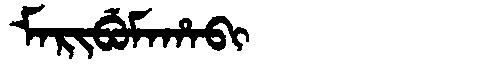
Manchu: ᠮᠠᡵᡳᠪᡠᠮᠠᡥᠠᠪᡳ
Romanization: MARIBUMAHABI